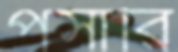
পসারি